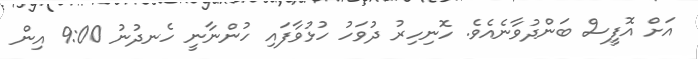
އަށް އޮފީސް ބަންދުވާނެއެވެ. ހޮނިހިރު ދުވަހު ހުޅުވާފައި ހުންނާނީ ހެނދުނު 9:00 އިން